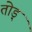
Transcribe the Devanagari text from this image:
तोड़्